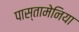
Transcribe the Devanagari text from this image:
पास्तामेनिया